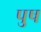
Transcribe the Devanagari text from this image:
पुष